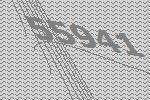
55941